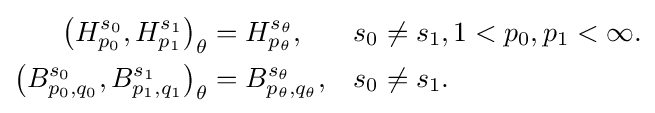
{\begin{aligned}\left(H_{p_{0}}^{s_{0}},H_{p_{1}}^{s_{1}}\right)_{\theta }&=H_{p_{\theta }}^{s_{\theta }},&&s_{0}\neq s_{1},1<p_{0},p_{1}<\infty .\\\left(B_{p_{0},q_{0}}^{s_{0}},B_{p_{1},q_{1}}^{s_{1}}\right)_{\theta }&=B_{p_{\theta },q_{\theta }}^{s_{\theta }},&&s_{0}\neq s_{1}.\end{aligned}}